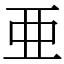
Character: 亜